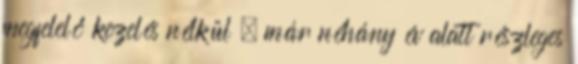
megfelelő kezelés nélkül – már néhány év alatt részleges